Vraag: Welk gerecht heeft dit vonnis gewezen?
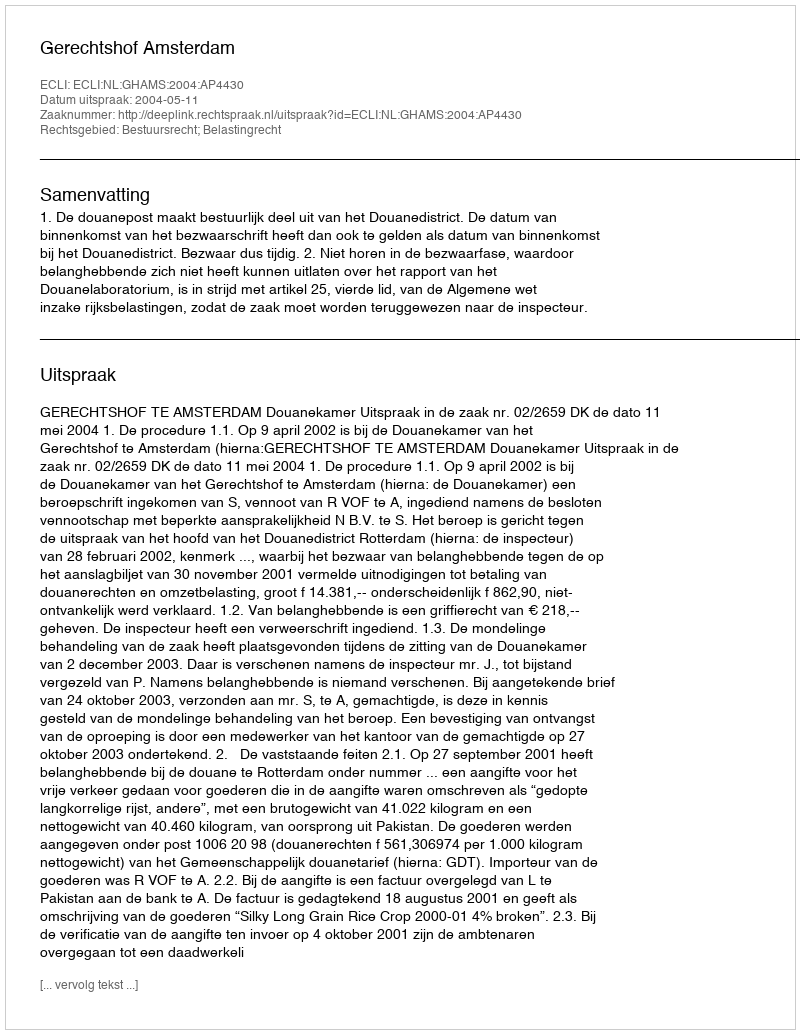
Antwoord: Gerechtshof Amsterdam